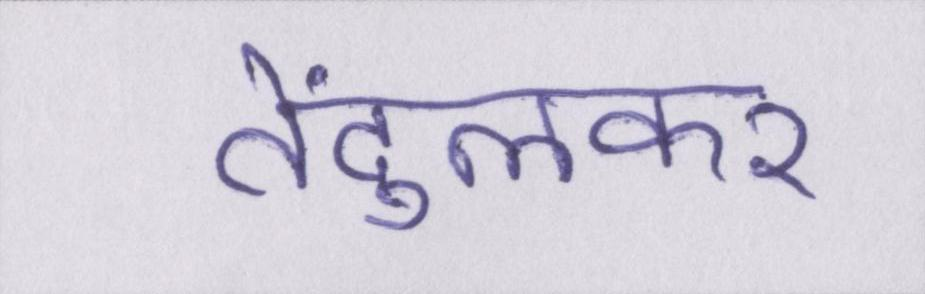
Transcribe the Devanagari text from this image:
तेंदुलकर